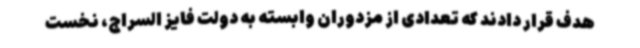
هدف قرار دادند که تعدادی از مزدوران وابسته به دولت فایز السراج، نخست